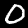
Digit: 0